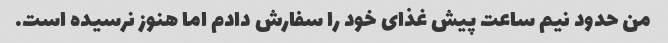
من حدود نیم ساعت پیش غذای خود را سفارش دادم اما هنوز نرسیده است.